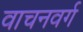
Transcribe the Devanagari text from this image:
वाचनवर्ग